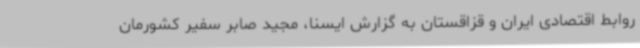
روابط اقتصادی ایران و قزاقستان به گزارش ایسنا، مجید صابر سفیر کشورمان